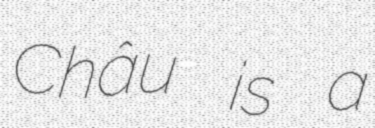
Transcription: Châu is a